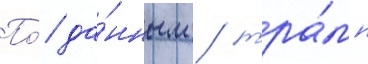
По́ да́нным / тра́мп